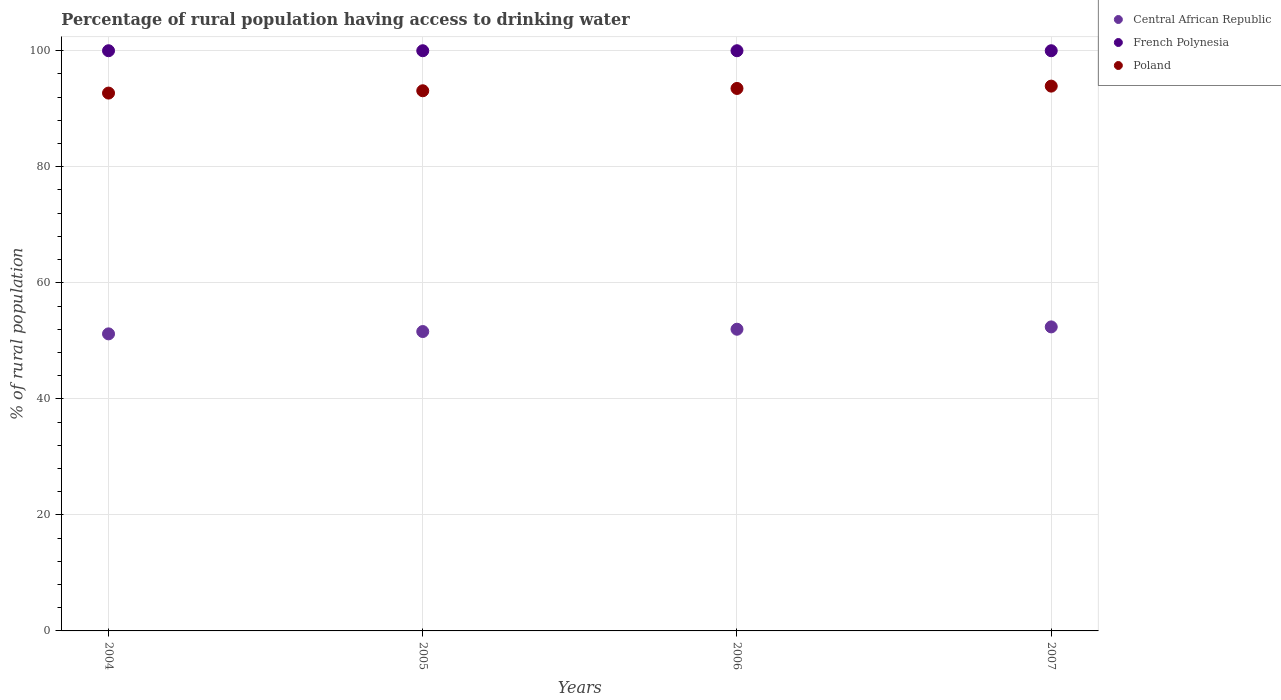
| Years | Central African Republic | French Polynesia | Poland |
 | --- | --- | --- | --- |
 | 2004 | 51.2 | 100 | 92.7 |
 | 2005 | 51.6 | 100 | 93.1 |
 | 2006 | 52 | 100 | 93.5 |
 | 2007 | 52.4 | 100 | 93.9 |